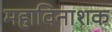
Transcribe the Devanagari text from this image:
महाविनाशक